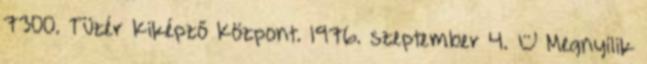
7300. Tüzér Kiképző Központ. 1976. szeptember 4. – Megnyílik